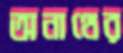
অনাথের